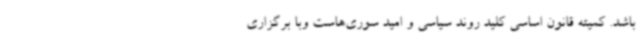
باشد. کمیته قانون اساسی کلید روند سیاسی و امید سوری‌هاست وبا برگزاری